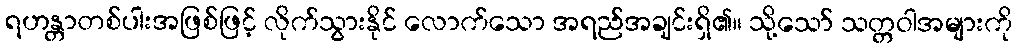
ရဟန္တာတစ်ပါးအဖြစ်ဖြင့် လိုက်သွားနိုင် လောက်သော အရည်အချင်းရှိ၏။ သို့သော် သတ္တဝါအများကို